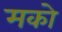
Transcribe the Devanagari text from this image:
मको